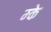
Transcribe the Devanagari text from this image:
म्के